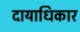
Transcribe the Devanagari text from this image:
दायाधिकार